Report of the Bombay Plague Committee
Disease focus: Plague
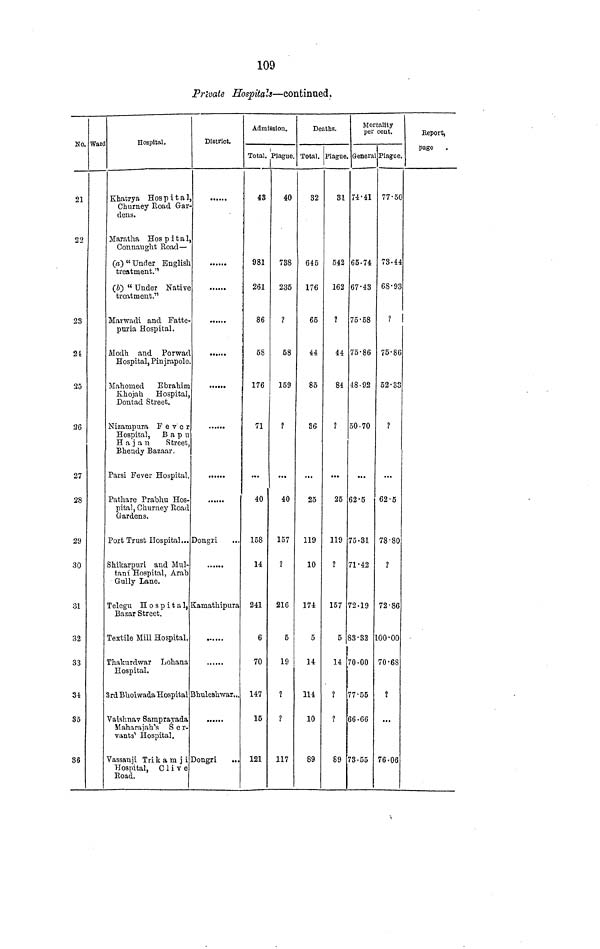
109
Prívale Hospitals—continued.
No.
21
22
23
2t
25
26
27
28
29
30
31
32
33
34
35
36
Wari
Hospital.
Khatrya Hospital
Churney Road Gar
dens.
Maratha Hospital,
Connaught Road —
(a) " Under English
treatment."
(b) " Under Native
treatment."
Marwadi and Fatte-
puria Hospital.
Modh and Porwad
Hospital, Pinjrapole.
Mahomed Ebrahim
Khojah Hospital,
Dontad Street.
Nizampura Fever
Hospital, Bapu
Hajan
Street
Bhendy Bazaar.
Parsi Fever Hospital
Pathare Prabhu Hos-
pital, Churney Road
Gardens,
Port Trust Hospital...
Shikar pur i and Mul-
taní Hospital, Arab
Gully Lane.
Telegu Hospital,
Bazar Street.
Textile Mill Hospital.
Thakurdwar Lohana
Hospital.
3rd B Bhoiwada Hospital
Vaishnav Samprayada
Maharajah's Ser-
vants' Hospital.
Vassanji Trikamji
Hospital, Clive
Road.
District.
Dongri
Kamathipura
Bhuleshwar...
Dongri
Admission.
Total.
43
981
261
86
58
176
71
40
158
14
241
6
70
147
15
121
Plague.
40
738
235
?
58
159
?
40
157
?
216
5
19
?
?
117
Total.
32
645
176
65
44
85
36
25
119
10
174
5
14
114
10
89
Plague.
31
542
162
?
44
84
?
25
119
?
157
5
14
?
?
89
General
74·41
65·74
67·43
75·58
75·86
50·70
62·5
75·31
71·42
72·19
83·33
70·00
77·55
66·66
73·55
Plague.
77·50
73·44
68·93
?
75·86
52·33
?
62·5
78·80
?
72·86
30·00
70·68
?
...
76·06
Report.
page